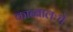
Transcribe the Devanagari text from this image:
काब्बालःचे